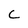
Character: C